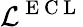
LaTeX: \mathcal{L}^{\mathrm{~E~C~L~}}